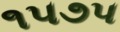
૧૫૭૫